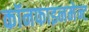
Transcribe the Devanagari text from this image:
कॉनफाइनमेन्ट